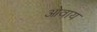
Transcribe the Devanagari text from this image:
ओवाय